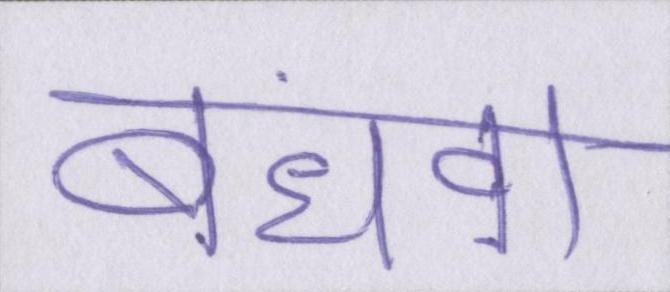
बंधवा